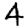
Digit: 4